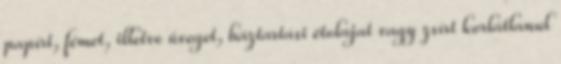
papírt, fémet, illetve üveget, háztartási étolajat vagy zsírt korlátlanul